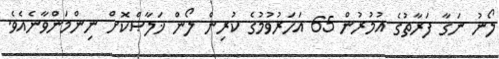
ލޯނު ނަގާ ފަރާތުގެ އުމުރުން 65 އަހަރުވުމުގެ ކުރިން ލޯން ޚަލާޞްކޮށް ނިންމަންވާނެއެވެ.